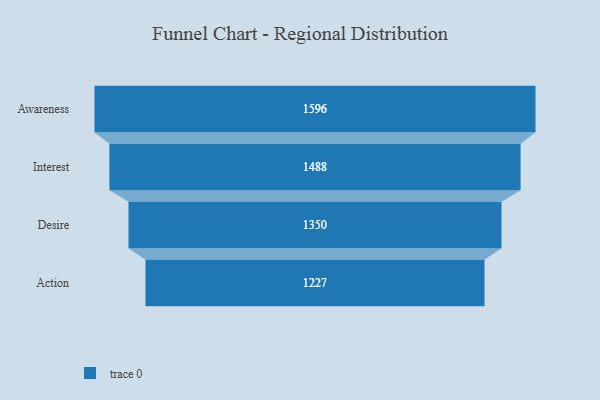
{"axis": {"x": "Stage", "y": "Value"}, "legend": [""], "data": [{"x": "Awareness", "y": 1596.0, "type": ""}, {"x": "Interest", "y": 1488.0, "type": ""}, {"x": "Desire", "y": 1350.0, "type": ""}, {"x": "Action", "y": 1227.0, "type": ""}]}